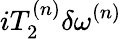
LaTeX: iT_{2}^{(n)}\delta\omega^{(n)}